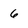
Character: 6